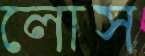
লোস